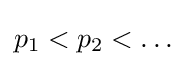
p_{1}<p_{2}<\dots